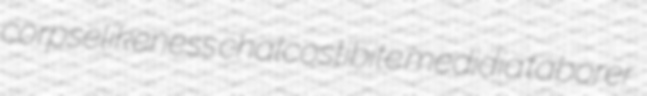
corpselikeness chalcostibite medidia taborer